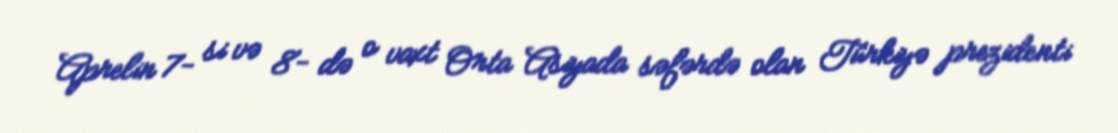
Aprelin 7- si və 8- də o vaxt Orta Asiyada səfərdə olan Türkiyə prezidenti